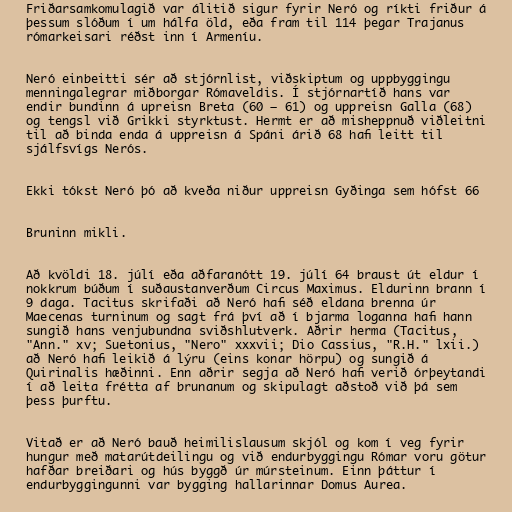
Friðarsamkomulagið var álitið sigur fyrir Neró og ríkti friður á
þessum slóðum í um hálfa öld, eða fram til 114 þegar Trajanus
rómarkeisari réðst inn í Armeníu.

Neró einbeitti sér að stjórnlist, viðskiptum og uppbyggingu
menningalegrar miðborgar Rómaveldis. Í stjórnartíð hans var
endir bundinn á upreisn Breta (60 – 61) og uppreisn Galla (68)
og tengsl við Grikki styrktust. Hermt er að misheppnuð viðleitni
til að binda enda á uppreisn á Spáni árið 68 hafi leitt til
sjálfsvígs Nerós.

Ekki tókst Neró þó að kveða niður uppreisn Gyðinga sem hófst 66

Bruninn mikli.

Að kvöldi 18. júlí eða aðfaranótt 19. júlí 64 braust út eldur í
nokkrum búðum í suðaustanverðum Circus Maximus. Eldurinn brann í
9 daga. Tacitus skrifaði að Neró hafi séð eldana brenna úr
Maecenas turninum og sagt frá því að í bjarma loganna hafi hann
sungið hans venjubundna sviðshlutverk. Aðrir herma (Tacitus,
"Ann." xv; Suetonius, "Nero" xxxvii; Dio Cassius, "R.H." lxii.)
að Neró hafi leikið á lýru (eins konar hörpu) og sungið á
Quirinalis hæðinni. Enn aðrir segja að Neró hafi verið órþeytandi
í að leita frétta af brunanum og skipulagt aðstoð við þá sem
þess þurftu.

Vitað er að Neró bauð heimilislausum skjól og kom í veg fyrir
hungur með matarútdeilingu og við endurbyggingu Rómar voru götur
hafðar breiðari og hús byggð úr múrsteinum. Einn þáttur í
endurbyggingunni var bygging hallarinnar Domus Aurea.